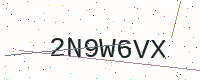
Text: 2N9W6VX